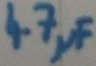
Text: 4.7µF